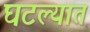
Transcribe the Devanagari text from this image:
घटल्यात